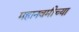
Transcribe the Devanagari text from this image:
महानवमीच्या